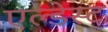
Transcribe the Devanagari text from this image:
एल्डेस्ट